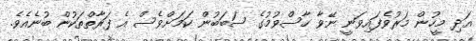
އަދި މީހުން މަރުވެފައިވަނީ ނޭވާ ހާސްވުމުގެ ސަބަބުން ކަމަށްވެސް އެ ފަރާތްތަކުން ބުނެއެވެ.